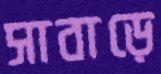
সাবাড়ে